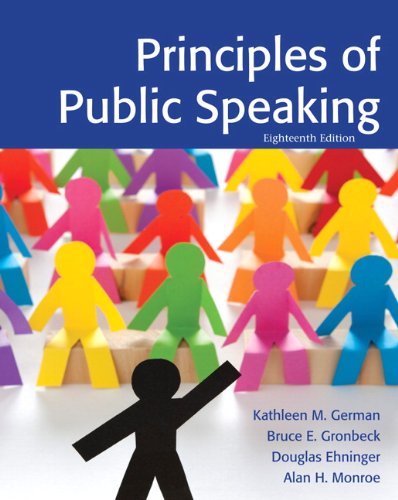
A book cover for Principles of Public Speaking (18th Edition); Kathleen M. German; Reference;